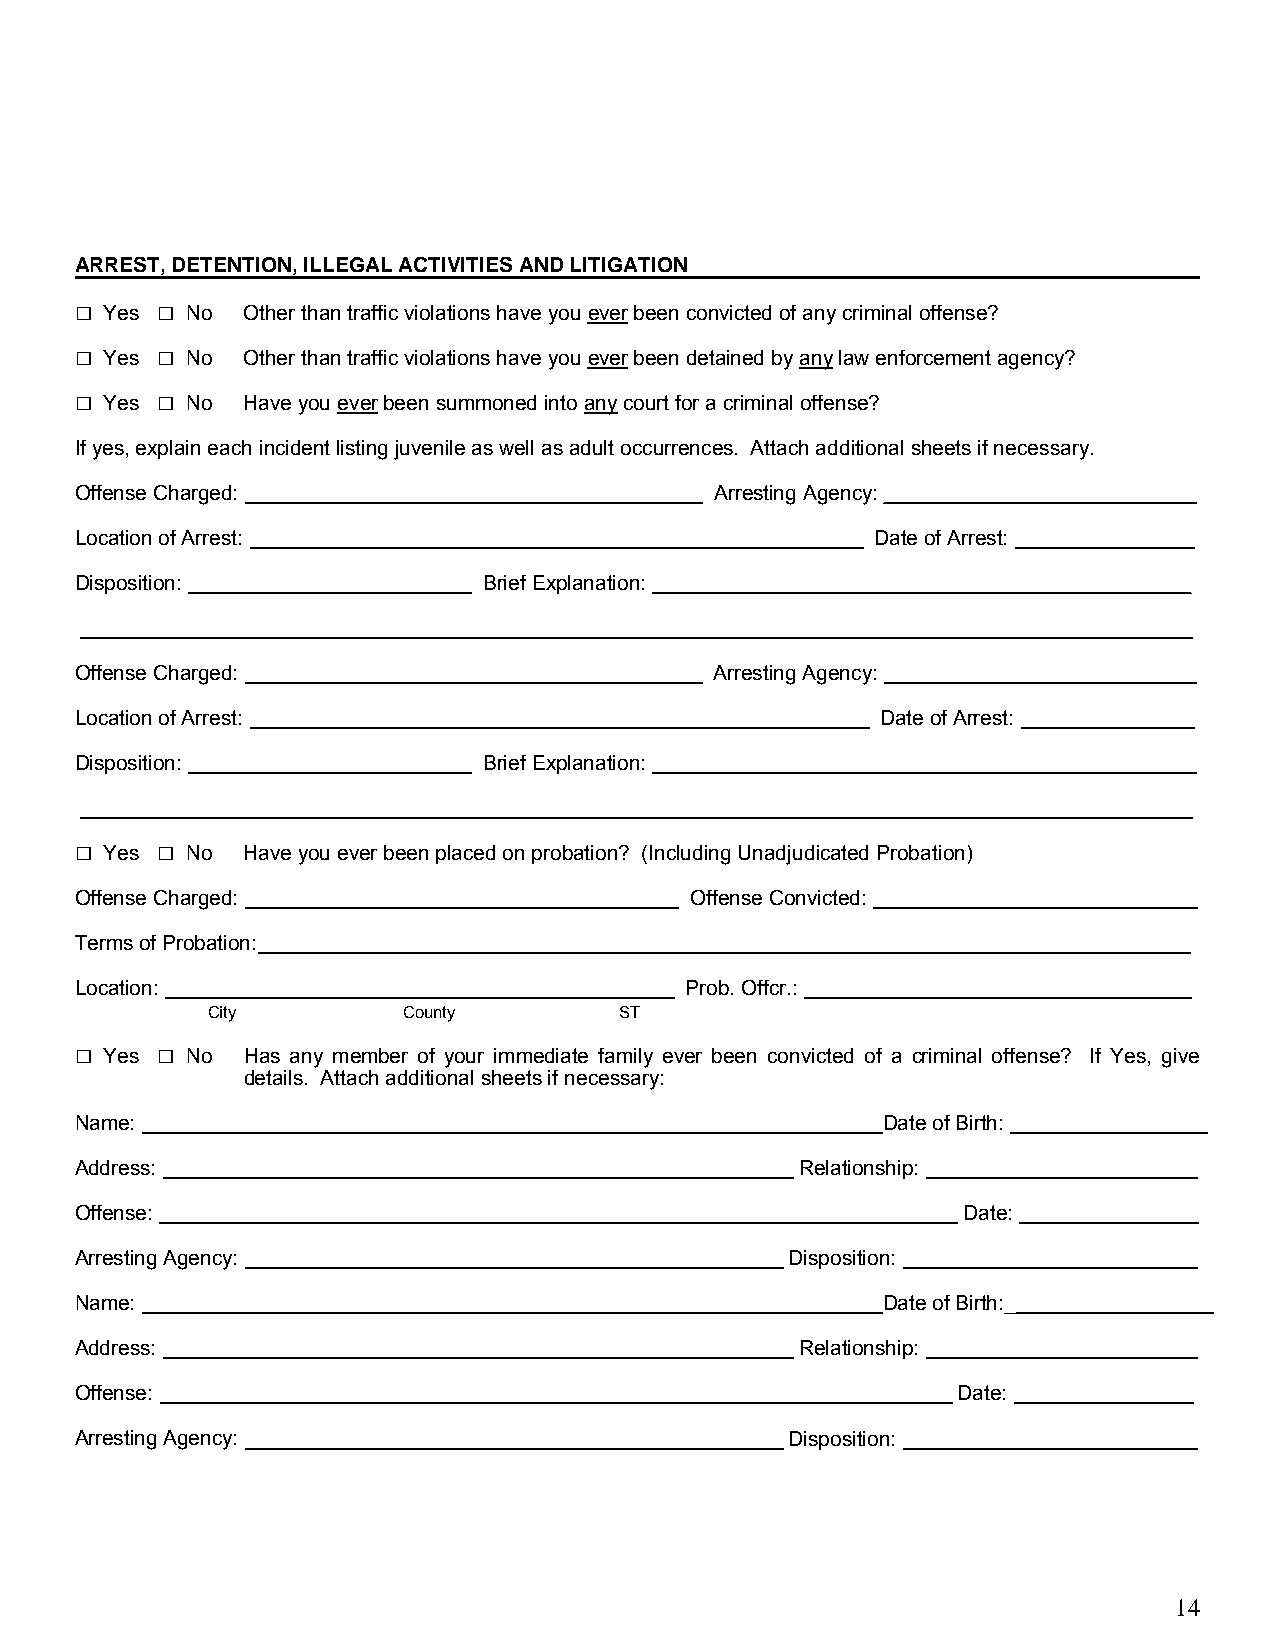
ARREST, DETENTION, ILLEGAL ACTIVITIES AND LITIGATION
 □    □
 Yes  No  Other than traffic violations have you ever been convicted of any criminal offense?
 □    □
 Yes  No  Other than traffic violations have you ever been detained by any law enforcement agency?
 □    □
 Yes  No  Have you ever been summoned into any court for a criminal offense?
 If yes, explain each incident listing juvenile as well as adult occurrences. Attach additional sheets if necessary.
 Offense Charged:                          Arresting Agency: ____________________ _
 Location of Arrest:                                  Date of Arrest:     _
 Disposition:               Brief Explanation: ___                        _
 _____________________________________________________________________ _
 Offense Charged:                          Arresting Agency:              _
 Location of Arrest:                                  Date of Arrest:     _
 Disposition:               Brief Explanation:                            _
 _____________________________________________________________________ _
 □    □
 Yes  No  Have you ever been placed on probation? (Including Unadjudicated Probation)
 Offense Charged:                         Offense Convicted:               _
 Terms of Probation:                      ___________________________________________
 Location:                               Prob. Offcr.:                    _
 City         County        ST
 □    □
 Yes  No  Has any member of your immediate family ever been convicted of a criminal offense? If Yes, give
 details. Attach additional sheets if necessary:
 Name:                                                Date of Birth: _________________
 Address:                                        Relationship:             _
 Offense:                                                   Date:          _
 Arresting Agency:                              Disposition:               _
 Name:                                                Date of Birth:__________________
 Address:                                        Relationship:             _
 Offense:                                                  Date:          _
 Arresting Agency:                              Disposition:               _
 14